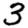
Digit: 3